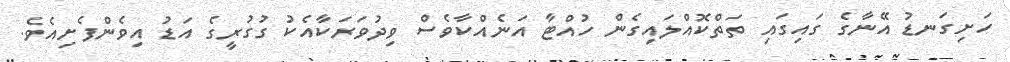
ހަށިގަނޑު އޭނާގެ ގައިގައި ތަތްކޮއްލައިގެން ހުއްޓާ އަނެއްކާވެސް ވިދުވަރަކާއެކު ގުގުރީގެ އަޑު އިވެންފެށިއެވެ.